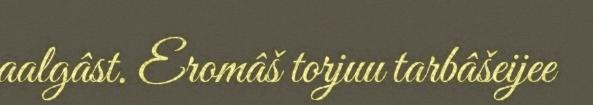
aalgâst. Eromâš torjuu tarbâšeijee